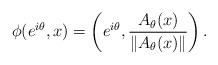
LaTeX: \begin{align*}\phi(e^{i \theta}, x)= \left(e^{i \theta},\dfrac{A_{\theta}(x)}{\|A_{\theta}(x)\|}\right).\end{align*}